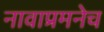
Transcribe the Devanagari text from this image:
नावाप्रमनेच